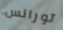
تورانس